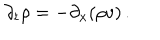
\partial _ { t } \rho = - \partial _ { x } ( \rho v ) \, .